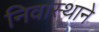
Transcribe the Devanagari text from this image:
निवास्थाने